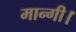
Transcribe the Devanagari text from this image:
मान्गी।